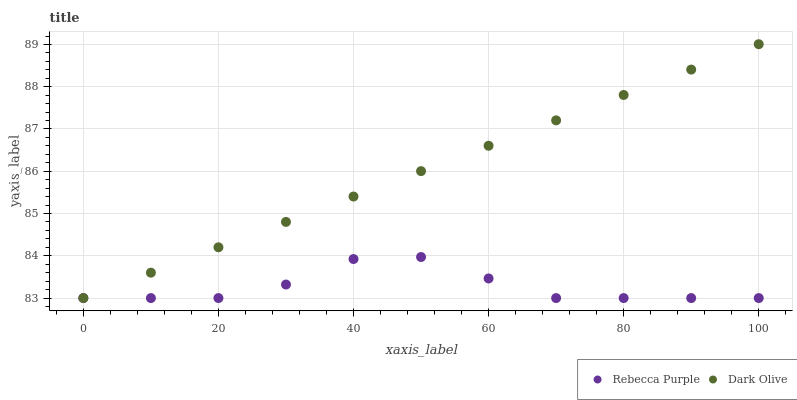
| xaxis_label | Rebecca Purple | Dark Olive |
 | --- | --- | --- |
 | 0 | 83 | 83 |
 | 10 | 83 | 83.6 |
 | 20 | 83 | 84.2 |
 | 30 | 83.3 | 84.8 |
 | 40 | 83.9 | 85.4 |
 | 50 | 84 | 86 |
 | 60 | 83.5 | 86.6 |
 | 70 | 83 | 87.2 |
 | 80 | 83 | 87.8 |
 | 90 | 83 | 88.4 |
 | 100 | 83 | 89 |